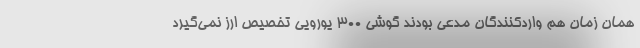
همان زمان هم واردکنندگان مدعی بودند گوشی ۳۰۰ یورویی تخصیص ارز نمی‌گیرد